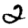
Digit: 2